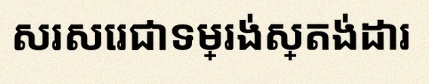
សរសេរជាទម្រង់ស្តង់ដារ